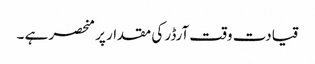
قیادت وقت آرڈر کی مقدار پر منحصر ہے ۔